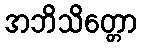
အဘိသိတ္တော